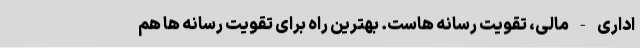
اداری - مالی، تقویت رسانه هاست. بهترین راه برای تقویت رسانه ها هم